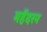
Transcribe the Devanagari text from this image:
महेंदरन